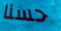
حسنا